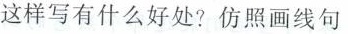
这样写有什么好处?仿照画线句